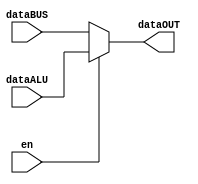
module mpAC
(
input [15:0] dataBUS,
input [15:0] dataALU,
input en,
output reg [15:0] dataOUT
);

always@(*)
begin
if (en)
	dataOUT <= dataALU;
else
	dataOUT <= dataBUS;
end

endmodule